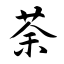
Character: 荼